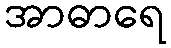
အာဓာရေ